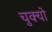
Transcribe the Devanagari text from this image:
चुक्यो